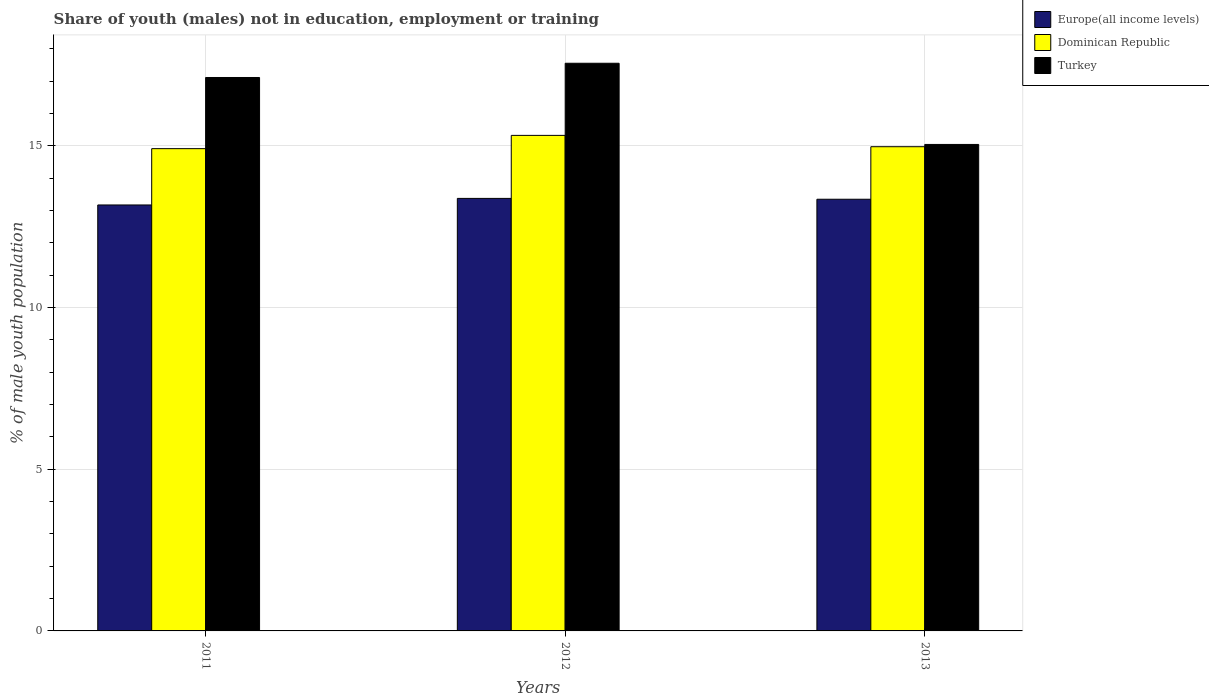
| Years | Europe(all income levels) | Dominican Republic | Turkey |
 | --- | --- | --- | --- |
 | 2011 | 13.2 | 14.9 | 17.1 |
 | 2012 | 13.4 | 15.3 | 17.5 |
 | 2013 | 13.3 | 15 | 15 |